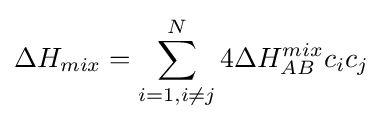
{\Delta }H_{mix}=\sum _{i=1,i{\neq }j}^{N}4{\Delta }H_{AB}^{mix}c_{i}c_{j}